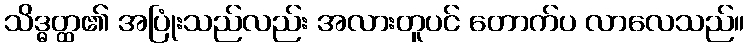
သိဒ္ဓတ္ထ၏ အပြုံးသည်လည်း အလားတူပင် တောက်ပ လာလေသည်။